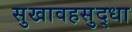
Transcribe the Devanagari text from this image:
सुखावहसुद्धा